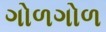
ગોળગોળ